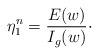
LaTeX: \begin{align*} \eta_1^n = \frac{E(w)}{I_g (w)}\cdot \end{align*}